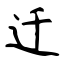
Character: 迁